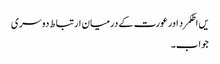
یں اطکمرد اور عورت کے درمیان ارتباط دوسری
جواب۔